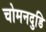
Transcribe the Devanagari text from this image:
चोमनदुडि